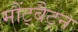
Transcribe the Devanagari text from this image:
मौंट्बैट्न